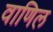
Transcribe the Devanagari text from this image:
वाणिल